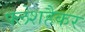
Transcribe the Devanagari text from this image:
फ्लेशहैकर